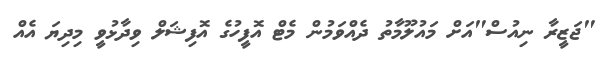
"ޖަޒީރާ ނިއުސް"އަށް މައުލޫމާތު ދެއްވަމުން މެޓް އޮފީހުގެ އޮފިޝަލް ވިދާޅުވީ މިދިޔަ އެއް